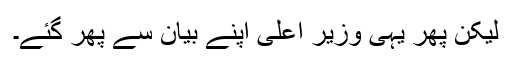
لیکن پھر یہی وزیرِ اعلیٰ اپنے بیان سے پھر گئے۔